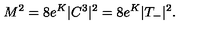
M ^ { 2 } = 8 e ^ { K } | C ^ { 3 } | ^ { 2 } = 8 e ^ { K } | T _ { - } | ^ { 2 } .